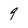
Character: 9